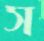
স